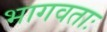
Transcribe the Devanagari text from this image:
भागवताः